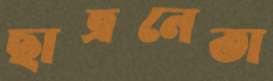
ছাত্রনেতা